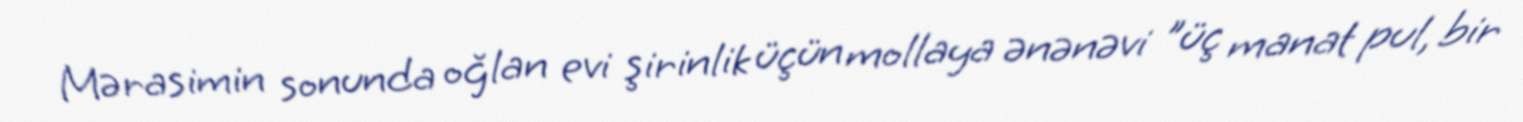
Mərasimin sonunda oğlan evi şirinlik üçün mollaya ənənəvi "üç manat pul, bir